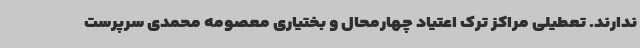
ندارند. تعطیلی مراکز ترک اعتیاد چهارمحال و بختیاری معصومه محمدی سرپرست